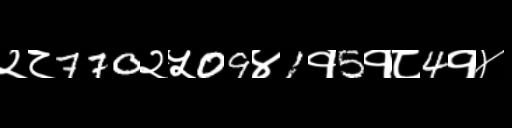
Text: २८770२५09४1१5१८4१४